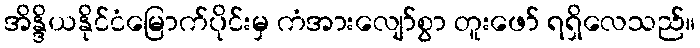
အိန္ဒိယနိုင်ငံမြောက်ပိုင်းမှ ကံအားလျော်စွာ တူးဖော် ရရှိလေသည်။